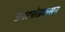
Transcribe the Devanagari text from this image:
इनटरोडकसन